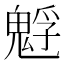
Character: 𩳎